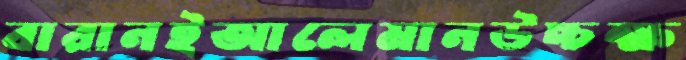
বারানইআলেমানউচ্চক্ষ